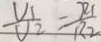
\frac { V _ { 1 } } { V _ { 2 } } = \frac { R _ { 1 } } { R _ { 2 } }